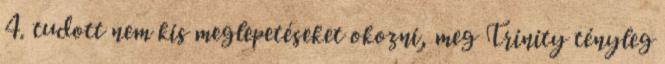
4. tudott nem kis meglepetéseket okozni, meg Trinity tényleg